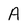
Character: A